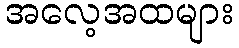
အလေ့အထများ